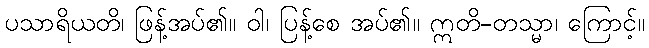
ပသာရိယတိ၊ ဖြန့်အပ်၏။ ဝါ၊ ပြန့်စေ အပ်၏။ ဣတိ-တသ္မာ၊ ကြောင့်။